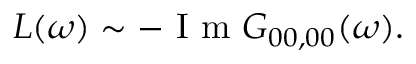
L ( \omega ) \sim - \mathrm { ~ I ~ m ~ } G _ { 0 0 , 0 0 } ( \omega ) .